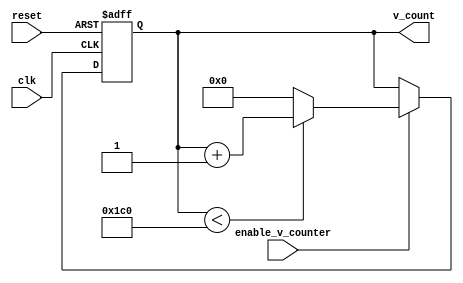
module vertical_counter( reset, clk, enable_v_counter, v_count );
    input            reset, clk;                    // pixel clock: 25MHz
    input            enable_v_counter;
    output reg [8:0] v_count;                       // default value [15:0]

    initial begin
        v_count = 9'd0;
    end

    always @ (posedge clk or posedge reset) begin
        if (reset) begin
            v_count <= 9'd0;
        end		
        else if (enable_v_counter == 1'b1) begin    // keep counting until 449
            if (v_count < 9'd448) begin
                v_count <= v_count + 1'b1;
            end
            else begin
                v_count <= 1'b0;                    // reset vertical counter
            end 
        end
    end
endmodule